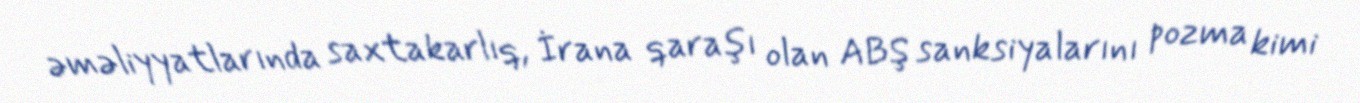
əməliyyatlarında saxtakarlıq, İrana qaraşı olan ABŞ sanksiyalarını pozma kimi